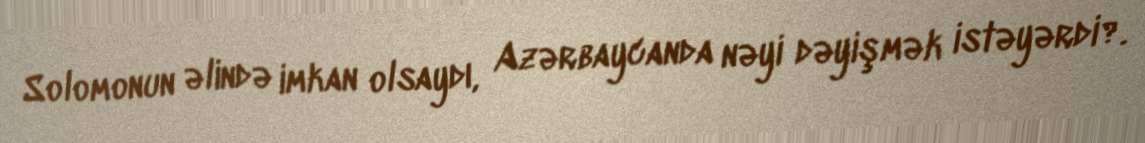
Solomonun əlində imkan olsaydı, Azərbaycanda nəyi dəyişmək istəyərdi?.